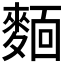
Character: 𬹃